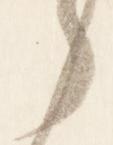
々